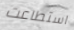
استطاعت